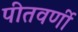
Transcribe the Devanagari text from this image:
पीतवर्णी